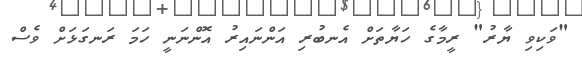
"ވަކިވި ޔާރު" ރީމާގެ ހަޔާތަށް އެނބުރި އަންނައިރު އޮންނަނީ ހަމަ ރަނގަޅަށް ވެސް